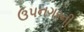
ઉપનગરની